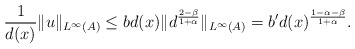
\begin{align*} \frac{1}{d(x)}\|u\|_{L^\infty(A)} \leq b d(x) \|d^{\frac{2-\beta}{1+\alpha}}\|_{L^\infty(A)} = b' d(x)^{\frac{1-\alpha-\beta}{1+\alpha}}.\end{align*}